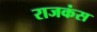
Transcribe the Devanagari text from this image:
राजकंस